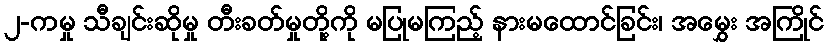
၂-ကမှု သီချင်းဆိုမှု တီးခတ်မှုတို့ကို မပြုမကြည့် နားမထောင်ခြင်း၊ အမွှေး အကြိုင်